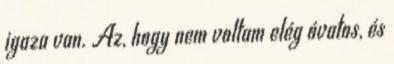
igaza van. Az, hogy nem voltam elég óvatos, és